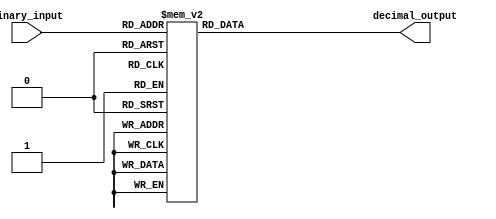
module Decimal_Decoder (
    input [3:0] binary_input,
    output reg [9:0] decimal_output
);

always @(*) begin
    case (binary_input)
        4'b0000: decimal_output = 10;
        4'b0001: decimal_output = 1;
        4'b0010: decimal_output = 2;
        4'b0011: decimal_output = 3;
        4'b0100: decimal_output = 4;
        4'b0101: decimal_output = 5;
        4'b0110: decimal_output = 6;
        4'b0111: decimal_output = 7;
        4'b1000: decimal_output = 8;
        4'b1001: decimal_output = 9;
        default: decimal_output = 0;
    endcase
end

endmodule